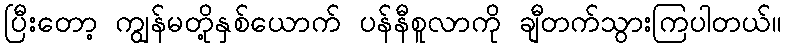
ပြီးတော့ ကျွန်မတို့နှစ်ယောက် ပန်နီစူလာကို ချီတက်သွားကြပါတယ်။